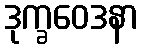
ဒုက္ခဝေဒနာ